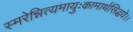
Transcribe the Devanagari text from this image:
स्मरेन्नित्यमायुःकामार्थसिद्धये।।